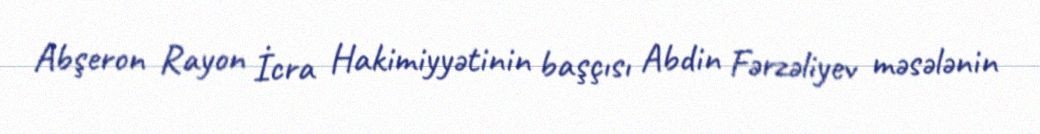
Abşeron Rayon İcra Hakimiyyətinin başçısı Abdin Fərzəliyev məsələnin